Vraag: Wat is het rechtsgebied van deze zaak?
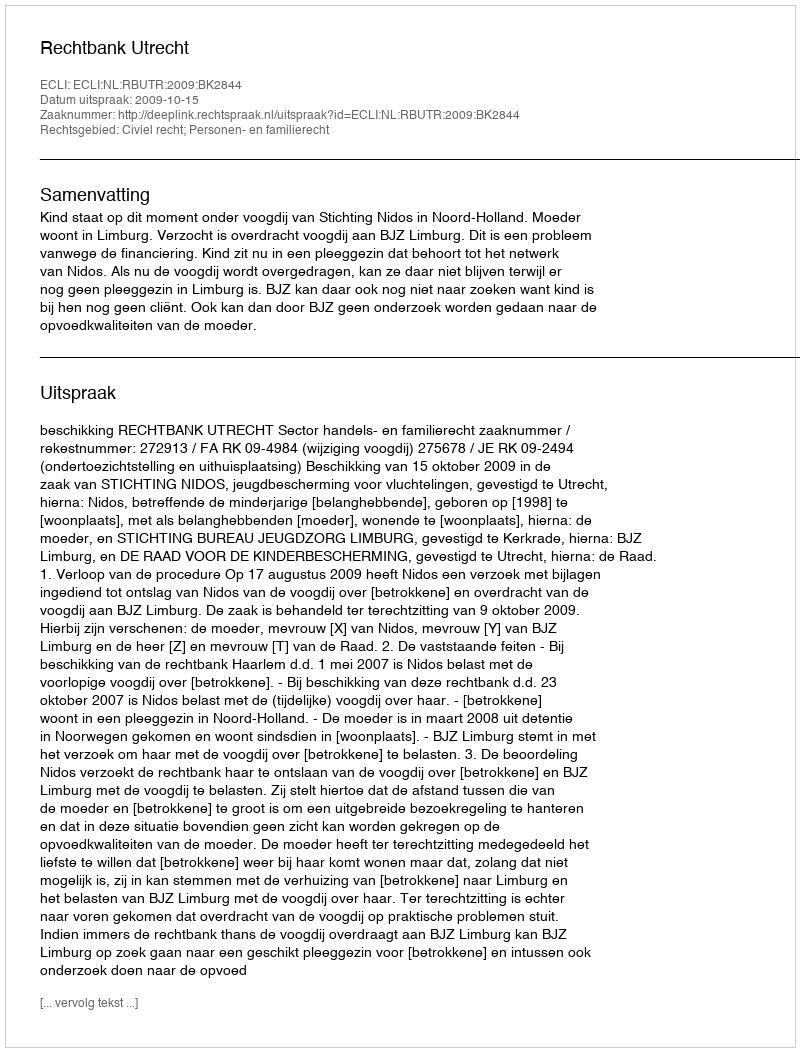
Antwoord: Civiel recht; Personen- en familierecht